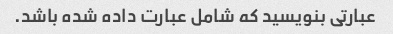
عبارتی بنویسید که شامل عبارت داده شده باشد.